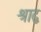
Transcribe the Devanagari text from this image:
श्राद्व